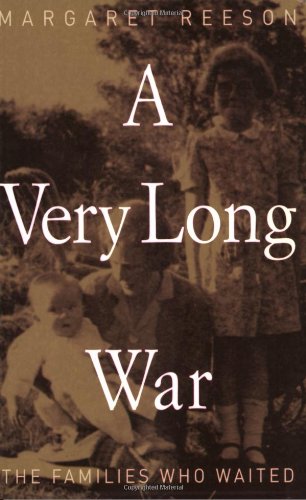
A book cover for A Very Long War: The Families Who Waited; Margaret Reeson; History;